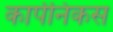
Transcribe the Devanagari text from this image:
कार्पनिकस